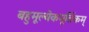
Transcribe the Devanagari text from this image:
बहुमूल्येकमूर्तिकम्‌